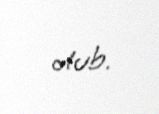
olub.